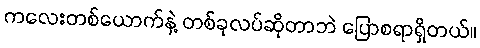
ကလေးတစ်ယောက်နဲ့ တစ်ခုလပ်ဆိုတာဘဲ ပြောစရာရှိတယ်။